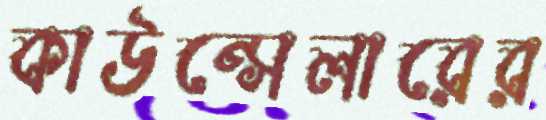
কাউন্সেলারের